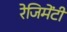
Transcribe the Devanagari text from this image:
रेजिमेंटी